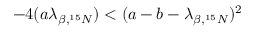
- 4 ( a \lambda _ { \beta , ^ { 1 5 } N } ) < ( a - b - \lambda _ { \beta , ^ { 1 5 } N } ) ^ { 2 }